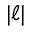
| \ell |